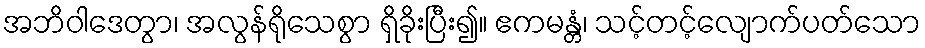
အဘိဝါဒေတွာ၊ အလွန်ရိုသေစွာ ရှိခိုးပြီး၍။ ဧကမန္တံ၊ သင့်တင့်လျောက်ပတ်သော